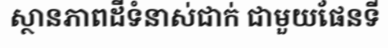
ស្ថានភាពដីទំនាស់ជាក់ ជាមួយផែនទី